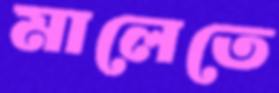
মালেতে